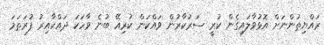
ރައްޔިތުންނަށް އޮޅުވާލައިގެން ކުރީ ސަރުކާރުން ވައްކަން ކުރިއޭ ބުނެ ވާހަކަ ދައްކާއިރު ފުރަތަމަ